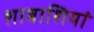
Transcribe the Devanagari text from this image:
शाबाशियां